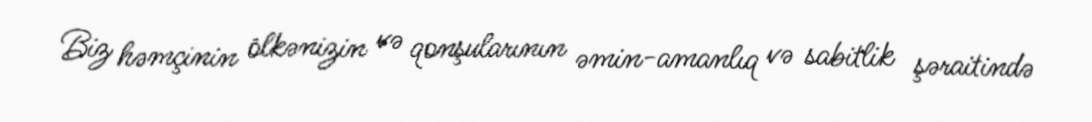
Biz həmçinin ölkənizin və qonşularının əmin-amanlıq və sabitlik şəraitində